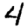
Digit: 4